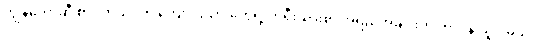
ကျွန်တော်ဆီ စာ လာသင်တဲ့ ကျောင်းသားတွေရဲ့ ကိုရီးယားစာ အရည်အချင်းကို တာဝန် ယူပါမယ်။